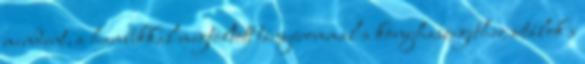
mindent, a hambikkal megtöltött tányérommal a konyhaszigethez sétálok s